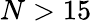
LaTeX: N>15